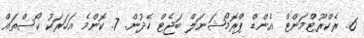
6. ރެކްރޫޓްމަންޓް އެންޑް ޕްރޮމޯޝަނަލް ބަޖެޓް ހެދުން. 7. ކޮންމެ އަހަރަކު ކޯސްތައް